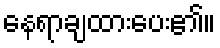
နေရာချထားပေး၏။